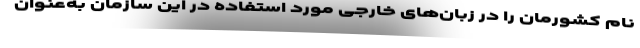
نام کشورمان را در زبان‌های خارجی مورد استفاده در این سازمان به‌عنوان